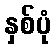
နှစ်ပုံ